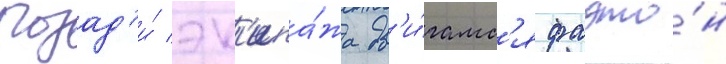
Позад'и́ эк'ипа́жа дв'и́галс'я фаэто́н